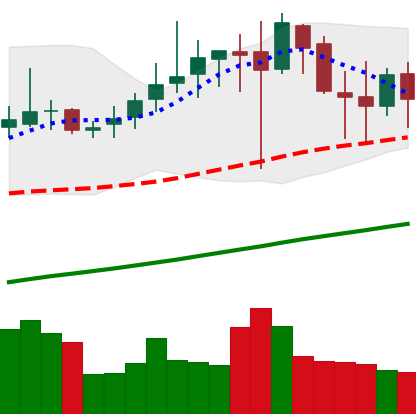
Ticker: DOGE-USD
Chart end date: 2019-07-04
Forward return: 9.91%
Label: up_7plus